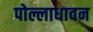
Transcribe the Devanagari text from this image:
पोल्लाधावन